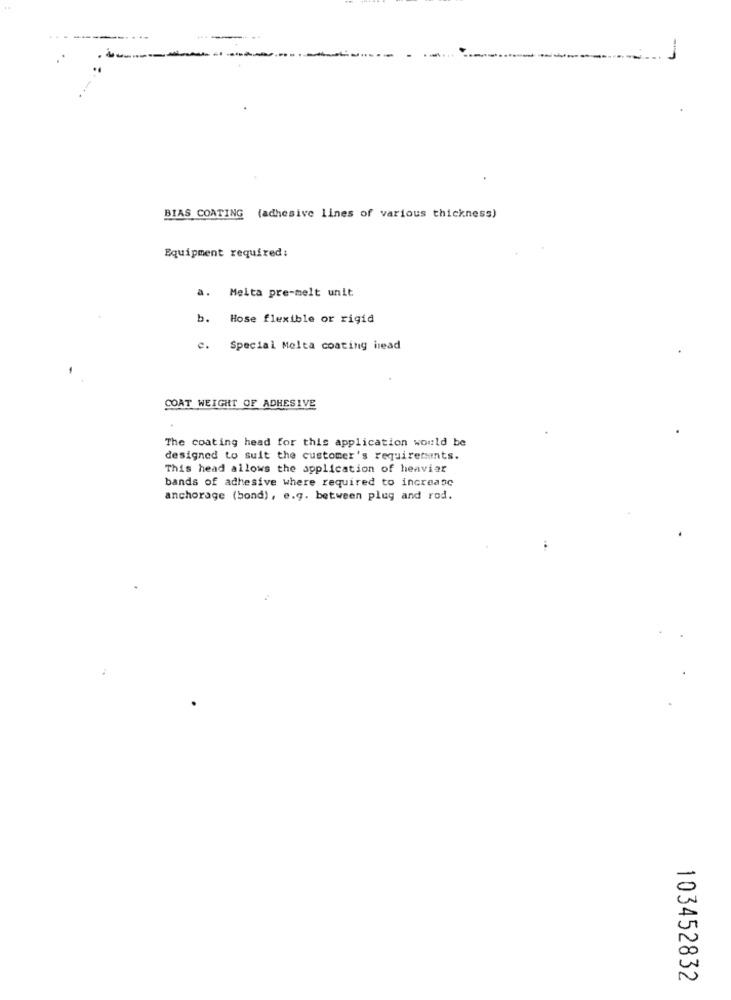
BIAS COATING (adhesive lines of various thickness)
Equipment required:
a.
Melta pre-melt unit
b.
Hose flexible or rigid
e.
Special Molta coating iread
COAT WEIGHT OF ADHESIVE
The coating head for this application would be
designed to suit the customer's requirements.
This head allows the application of heavier
bands of adhesive where required to increase
anchorage (bond), e.g. between plug and rod.
103452832